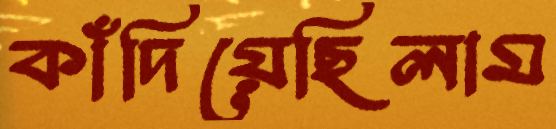
কাঁদিয়েছিলাম